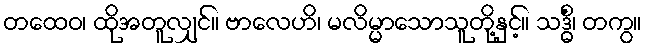
တထေဝ၊ ထိုအတူလျှင်။ ဗာလေဟိ၊ မလိမ္မာသောသူတို့နှင့်။ သဒ္ဓိံ၊ တကွ။